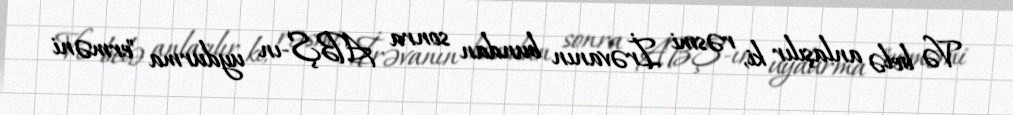
Və belə anlaşılır ki, rəsmi İrəvanın bundan sonra ABŞ-ın uydurma "erməni